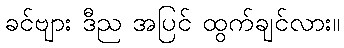
ခင်ဗျား ဒီည အပြင် ထွက်ချင်လား။